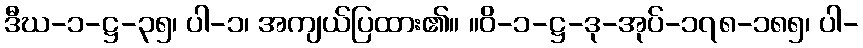
ဒီဃ-၁-ဋ္ဌ-၃၅၊ ပါ-၁၊ အကျယ်ပြထား၏။ ။ဝိ-၁-ဋ္ဌ-ဒု-အုပ်-၁၇၈-၁၈၅၊ ပါ-